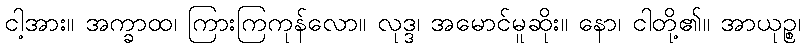
ငါ့အား။ အက္ခာထ၊ ကြားကြကုန်လော။ လုဒ္ဒ၊ အမောင်မူဆိုး။ နော၊ ငါတို့၏။ အာယုဉ္စ၊